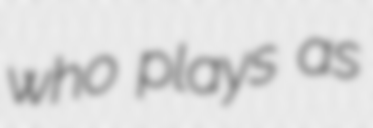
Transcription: who plays as